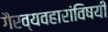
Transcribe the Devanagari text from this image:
गैरव्यवहारांविषयी